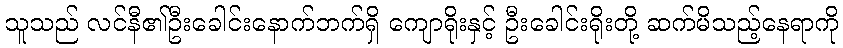
သူသည် လင်နီ၏ဦးခေါင်းနောက်ဘက်ရှိ ကျောရိုးနှင့် ဦးခေါင်းရိုးတို့ ဆက်မိသည့်နေရာကို